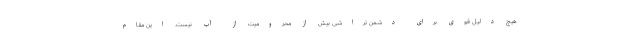
هیچ دلیل قوی برای دشمن تراشی بیش از محرومیت از آب نیست. این مقام